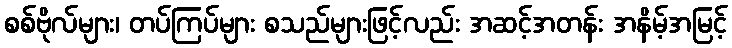
စစ်ဗိုလ်များ၊ တပ်ကြပ်များ စသည်များဖြင့်လည်း အဆင့်အတန်း အနိမ့်အမြင့်